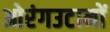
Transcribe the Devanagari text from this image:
ओरंगउटानों